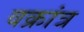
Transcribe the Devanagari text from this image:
वक्रांत्र